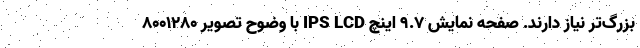
بزرگ‌تر نیاز دارند. صفحه نمایش 9.7 اینچ IPS LCD با وضوح تصویر 8001280